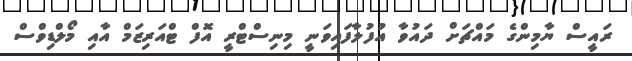
ރައީސް ޔާމިންގެ މައްޗަށް ދައުވާ އުފުލާފައިވަނީ މިނިސްޓްރީ އޮފް ޓްއަރިޒަމް އާއި މޯލްޑިވްސް